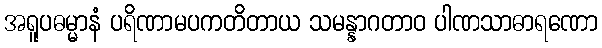
အရူပဓမ္မာနံ ပရိဏာမပကတိတာယ သမန္နာဂတာဝ ပါဏသာဓာရဏော